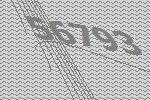
56793